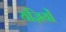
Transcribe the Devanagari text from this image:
यज्ञियों